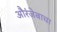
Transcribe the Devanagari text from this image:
औरंजेबाचा